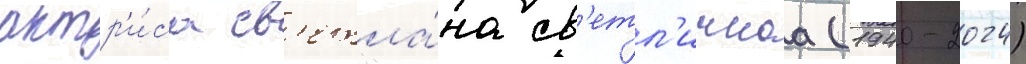
актр'и́са св'етла́на св'етл'ичнаа (1940-2024)